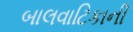
બાલવાટિકાની